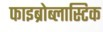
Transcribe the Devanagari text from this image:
फाइब्रोब्लास्टिक